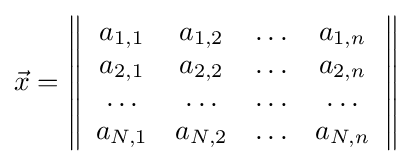
{\vec {x}}=\left\|{\begin{array}{*{20}c}a_{1,1}&a_{1,2}&\ldots &a_{1,n}\\a_{2,1}&a_{2,2}&\ldots &a_{2,n}\\\ldots &\ldots &\ldots &\ldots \\a_{N,1}&a_{N,2}&\ldots &a_{N,n}\end{array}}\right\|